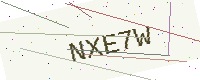
Text: NXE7W